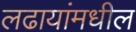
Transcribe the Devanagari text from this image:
लढायांमधील